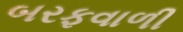
બરફવાળી